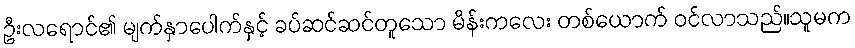
ဦးလရောင်၏ မျက်နှာပေါက်နှင့် ခပ်ဆင်ဆင်တူသော မိန်းကလေး တစ်ယောက် ဝင်လာသည်။သူမက